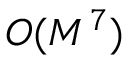
O ( M ^ { 7 } )